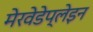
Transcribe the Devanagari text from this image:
मेरवेडेप्लेइन